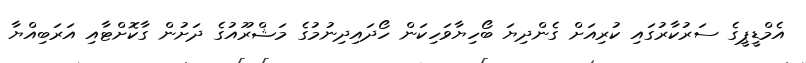
އެމްޑީޕީގެ ސަރުކާރުގައި ކުރިއަށް ގެންދިޔަ ބޯހިޔާވަހިކަން ހޯދައިދިނުމުގެ މަޝްރޫއުގެ ދަށުން ގާކޮށްޓާއި އަރަބިއްޔާ